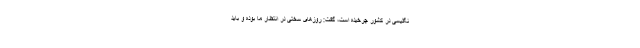
نگلیسی در کشور چرخیده است، گفت: ‌روزهای سختی در انتظار ما بوده و باید